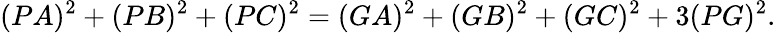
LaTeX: (PA)^{2}+(PB)^{2}+(PC)^{2}=(GA)^{2}+(GB)^{2}+(GC)^{2}+3(PG)^{2}.